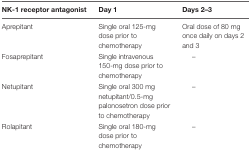
| NK-1 receptor antagonist | Day 1 | Days 2–3 |
 | --- | --- | --- |
 | Aprepitant | Single oral 125-mg dose prior to chemotherapy | Oral dose of 80 mg once daily on days 2 and 3 |
 | Fosaprepitant | Single intravenous 150-mg dose prior to chemotherapy | – |
 | Netupitant | Single oral 300 mg netupitant/0.5-mg palonosetron dose prior to chemotherapy | – |
 | Rolapitant | Single oral 180-mg dose prior to chemotherapy | – |